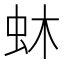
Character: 蚞